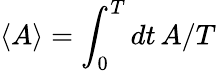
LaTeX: \langle A\rangle=\int_{0}^{T}dt\, A/T